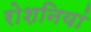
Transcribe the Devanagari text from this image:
रोशनियां